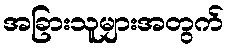
အခြားသူများအတွက်